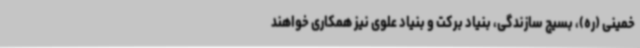
خمینی (ره)، بسیج سازندگی، بنیاد برکت و بنیاد علوی نیز همکاری خواهند